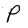
Character: P